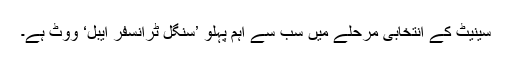
سینیٹ کے انتخابی مرحلے میں سب سے اہم پہلو ’سنگل ٹرانسفر ایبل‘ ووٹ ہے۔